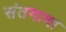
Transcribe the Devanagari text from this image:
संतगाथा